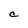
Character: a